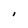
Character: I